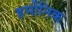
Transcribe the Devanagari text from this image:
हर्मोनिक